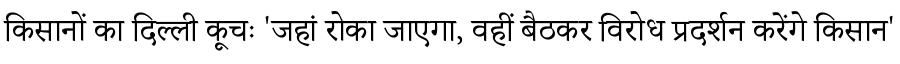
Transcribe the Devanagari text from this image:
किसानों का दिल्ली कूचः 'जहां रोका जाएगा, वहीं बैठकर विरोध प्रदर्शन करेंगे किसान'